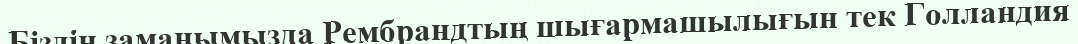
Біздің заманымызда Рембрандтың шығармашылығын тек Голландия